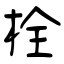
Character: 栓